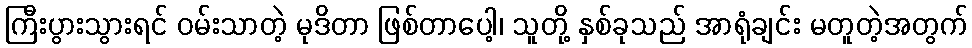
ကြီးပွားသွားရင် ဝမ်းသာတဲ့ မုဒိတာ ဖြစ်တာပေါ့၊ သူတို့ နှစ်ခုသည် အာရုံချင်း မတူတဲ့အတွက်